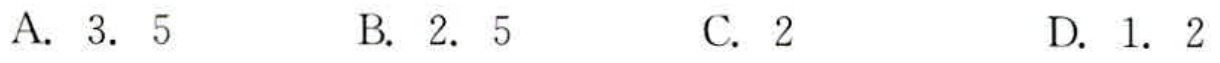
A. \(3.5\)  B. \(2.5\)  C. \(2\)  D. \(1.2\)